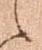
之